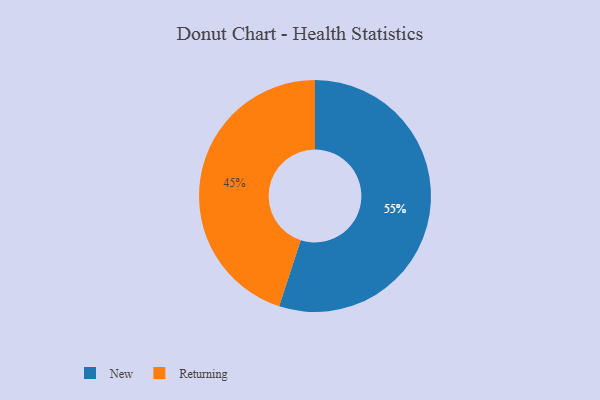
{"axis": {"x": "Category", "y": "Percentage"}, "legend": ["New", "Returning"], "data": [{"x": "Returning", "y": 45, "type": "Returning"}, {"x": "New", "y": 55, "type": "New"}]}